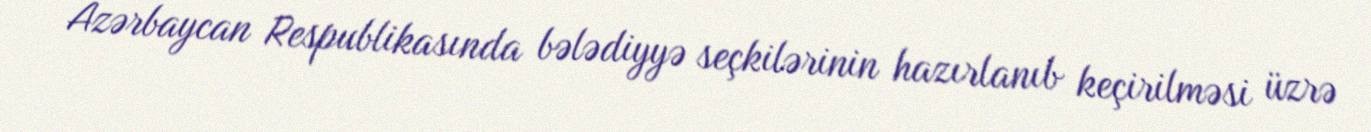
Azərbaycan Respublikasında bələdiyyə seçkilərinin hazırlanıb keçirilməsi üzrə